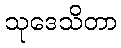
သုဒေသိတာ